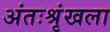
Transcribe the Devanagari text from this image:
अंतःश्रृंखला